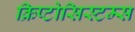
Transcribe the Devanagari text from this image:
क्रिप्टोसिस्टम्स